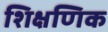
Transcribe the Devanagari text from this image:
शिक्षणिक